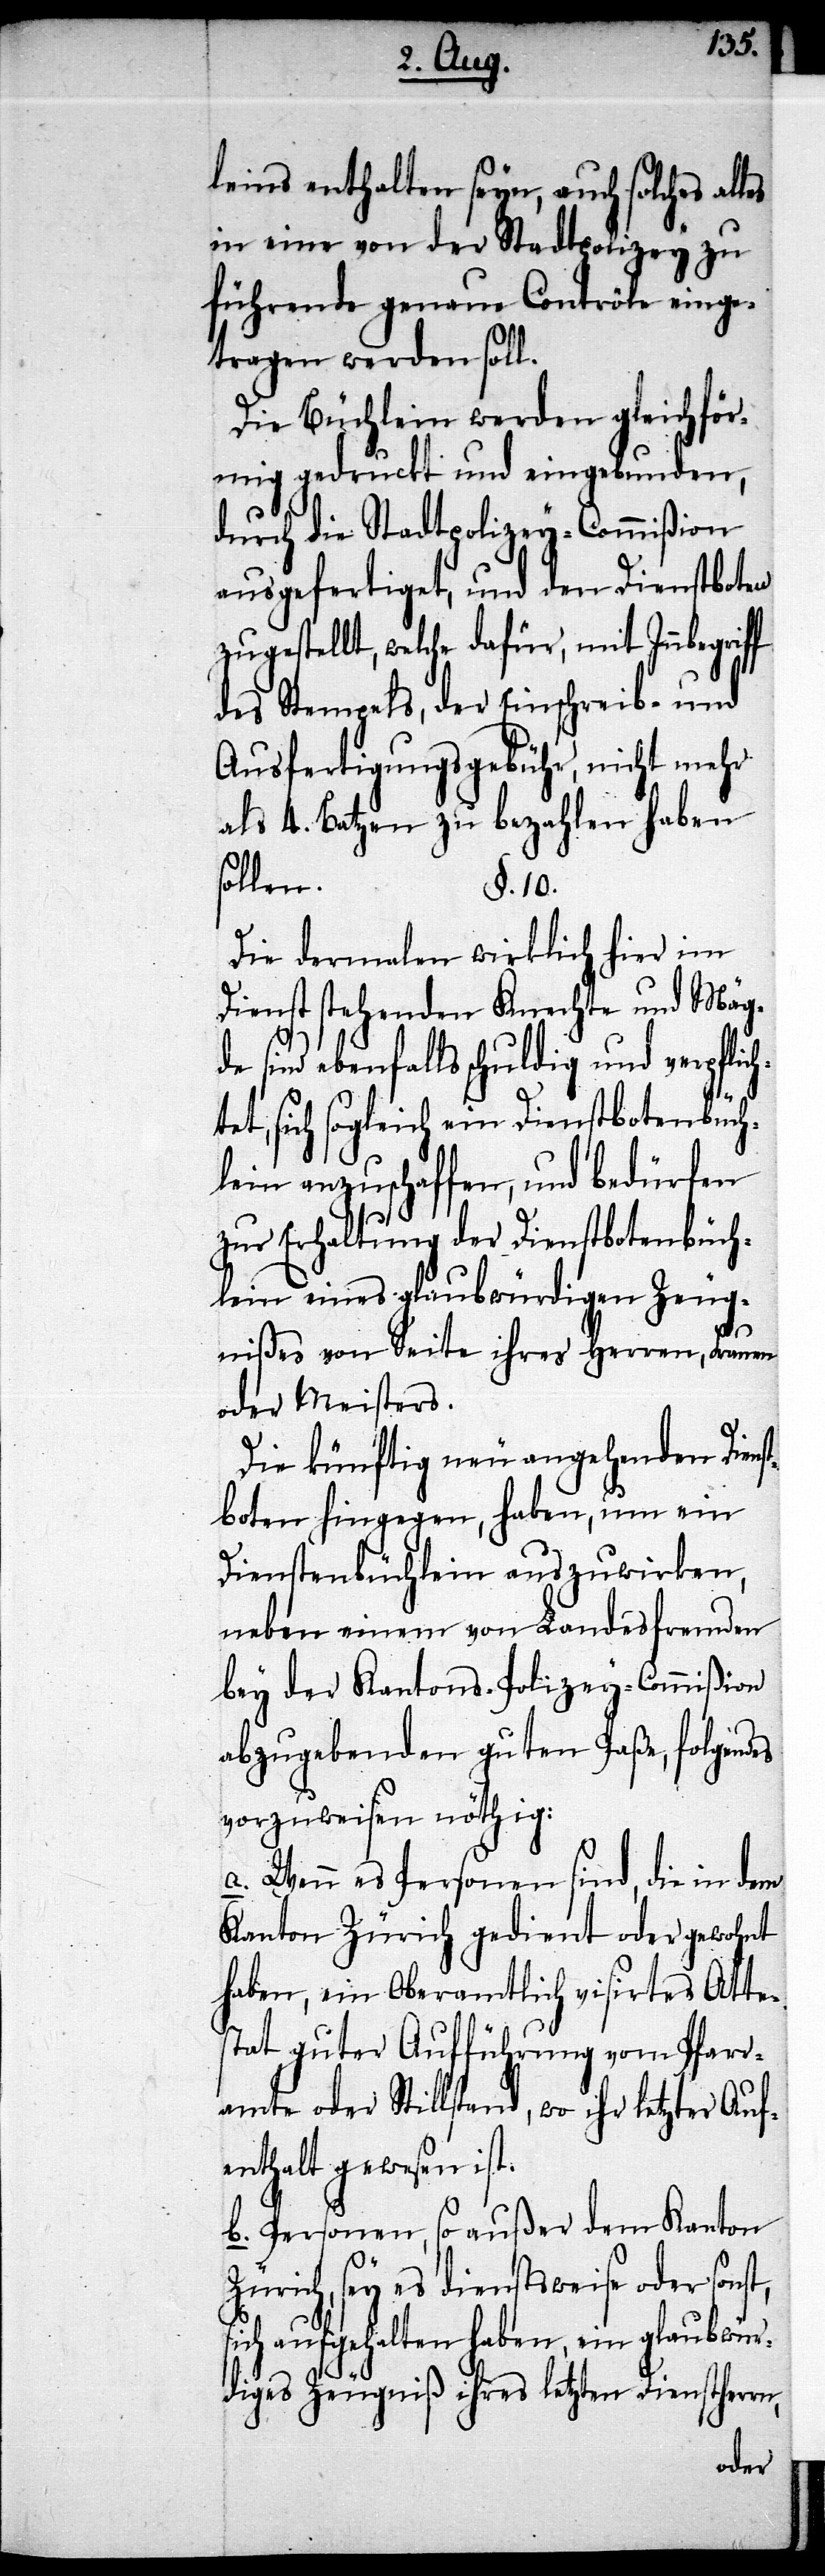
t, s¬
leins enthalten seyn, auch solches
in eine von der Stadtpolizey zu
führende genaue Contrôle einge¬
tragen werden soll.
Die Büchlein werden gleichför¬
mig gedruckt und eingebunden,
durch die Stadtpolizey-Commißion
ausgefertiget, und den Dienstboten
zugestellt, welche dafür, mit Innbegrif¬
des Stempels, der Einschreib- und
Ausfertigungsgebühr, nicht mehr
als 4. Batzen zu bezahlen haben s¬
ollen.
§. 10.
Die dermalen wirklich hier im
Dienst stehenden Knechte und Mäg¬
de sind ebenfalls schuldig und verpflic¬
et, sich sogleich ein Dienstbotenbüch¬
lein anzuschaffen, und bedürfen
zur Erhaltung der Dienstbotenbüch¬
lein eines glaubwürdigen Zeug¬
nißes von Seite ihres Herren, Frauen
oder Meisters.
Die künftig neu angehenden Diens¬
tboten hingegen, haben, um ein
Dienstenbüchlein auszuwirken,
neben einem von Landesfremden
bey der Kantons-Polizey-Commißion
abzugebenden guten Paße, folgen¬
vorzuweisen nöthig:
a. Wenn es Personen sind, die in dem
Kanton Zürich gedient oder gewohnt
haben, ein Oberamtlich visirtes Atte¬
stat guter Aufführung vom Pfarr¬
amte oder Stillstand, wo ihr letzter Auf¬
enthalt gewesen ist.
b. Personen, so außer dem Kanton
Zürich, sey es dienstweise oder sons¬
ich aufgehalten haben, ein glaubwür¬
diges Zeugniß ihres letzten Diensther¬
ren,